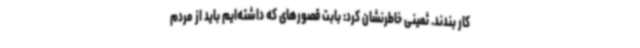
کار بندند. ثمینی خاطرنشان کرد: بابت قصورهای که داشته‌ایم باید از مردم